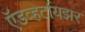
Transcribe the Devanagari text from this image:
ऍडव्हर्टायझर